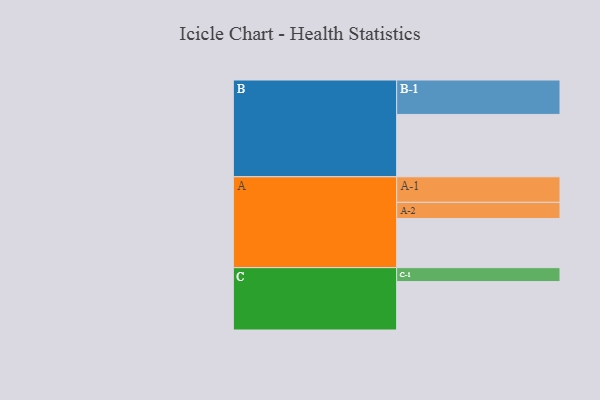
{"axis": {"x": "Segment", "y": "Value"}, "legend": ["", "A", "B", "C"], "data": [{"x": "A", "y": 415, "type": ""}, {"x": "B", "y": 527, "type": ""}, {"x": "C", "y": 409, "type": ""}, {"x": "A-1", "y": 216, "type": "A"}, {"x": "A-2", "y": 137, "type": "A"}, {"x": "B-1", "y": 291, "type": "B"}, {"x": "C-1", "y": 118, "type": "C"}]}